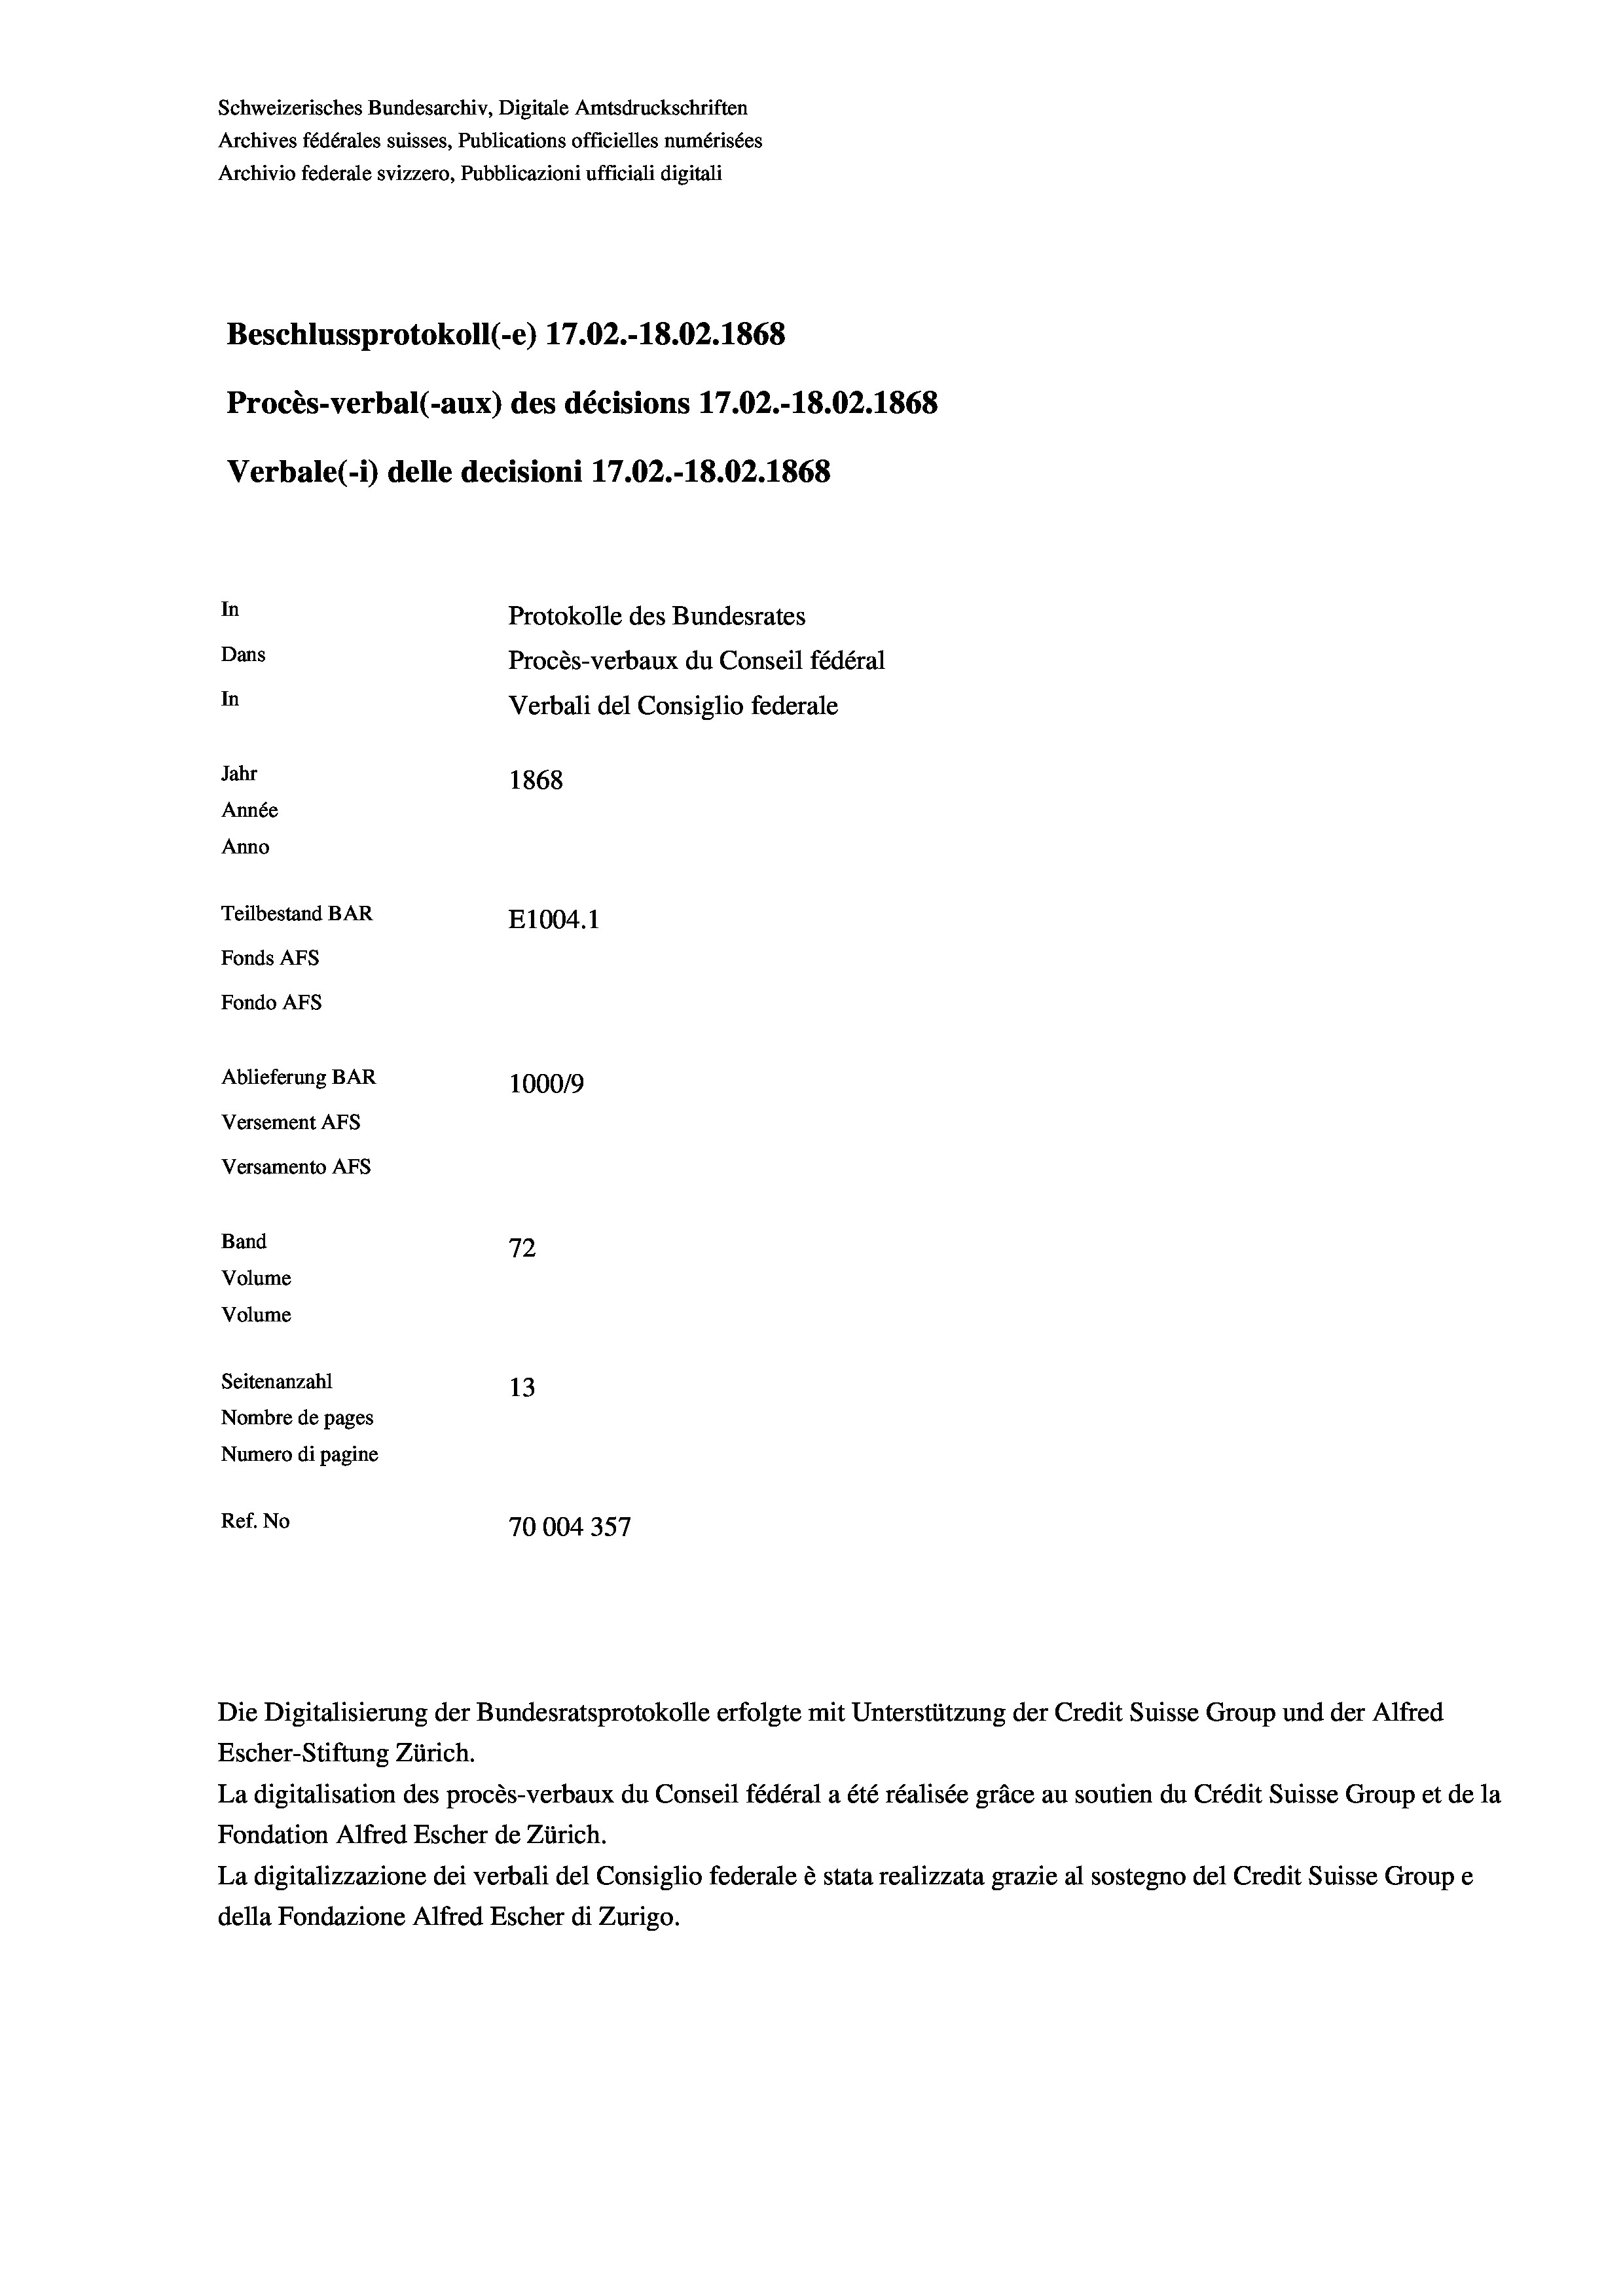
Schweizerisches Bundesarchiv, Digitale Amtsdruckschriften
Archives fédérales suisses, Publications officielles numérisées
Archivio federale svizzero, Pubblicazioni ufficiali digitali
Beschlussprotokoll (-e) 17.02.-18.02. 1868
Procès-verbal (-aux) des décisions 17.02.-18.02. 1868
Verbale (- 1) delle decisioni 17.02.-18.02. 1868
In
Protokolle des Bundesrates
Dans
Procès-verbaux du Conseil fédéral
In
Verbali del Consiglio federale
Jahr
1868
Année
Anno
Teilbestand BAR
E1004. 1
Fonds AFs
Fondo Afs
Ablieferung BAR
1000/9
Versement AFs
Versamento AFs
Band
72
Volume
Volume
Seitenanzahl
13
Nombre de pages
Numero di pagine
Ref. No
70004357

Escher-Stiftung Zürich.
La digitalisation des procès-verbaux du Conseil fédéral a été réalisée gräce au soutien du Crédit Suisse Group et de la
Fondation Alfred Escher de Zürich.
La digitalizzazione dei verbali del Consiglio federale è stata realizzata grazie al sostegno del Credit Suisse Groupe
della Fondazione Alfred Escher di Zurigo.

Die Digitalisierung der Bundesratsprotokolle erfolgte mit Unterstützung der Credit Suisse Group und der Alfred